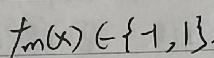
$f_m(x)\in\{ - 1,1\}$